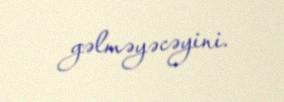
gəlməyəcəyini.